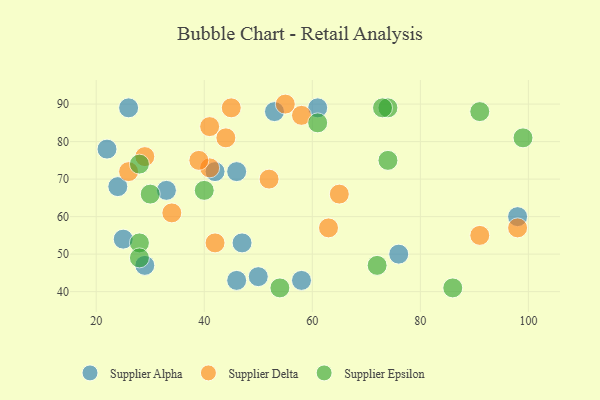
{"axis": {"x": "GDP", "y": "Life Expectancy"}, "legend": ["Supplier Alpha", "Supplier Delta", "Supplier Epsilon"], "data": [{"x": "58", "y": 43, "type": "Supplier Alpha"}, {"x": "24", "y": 68, "type": "Supplier Alpha"}, {"x": "33", "y": 67, "type": "Supplier Alpha"}, {"x": "98", "y": 60, "type": "Supplier Alpha"}, {"x": "25", "y": 54, "type": "Supplier Alpha"}, {"x": "50", "y": 44, "type": "Supplier Alpha"}, {"x": "76", "y": 50, "type": "Supplier Alpha"}, {"x": "26", "y": 89, "type": "Supplier Alpha"}, {"x": "53", "y": 88, "type": "Supplier Alpha"}, {"x": "29", "y": 47, "type": "Supplier Alpha"}, {"x": "47", "y": 53, "type": "Supplier Alpha"}, {"x": "22", "y": 78, "type": "Supplier Alpha"}, {"x": "46", "y": 43, "type": "Supplier Alpha"}, {"x": "46", "y": 72, "type": "Supplier Alpha"}, {"x": "42", "y": 72, "type": "Supplier Alpha"}, {"x": "61", "y": 89, "type": "Supplier Alpha"}, {"x": "34", "y": 61, "type": "Supplier Delta"}, {"x": "52", "y": 70, "type": "Supplier Delta"}, {"x": "42", "y": 53, "type": "Supplier Delta"}, {"x": "41", "y": 84, "type": "Supplier Delta"}, {"x": "26", "y": 72, "type": "Supplier Delta"}, {"x": "44", "y": 81, "type": "Supplier Delta"}, {"x": "55", "y": 90, "type": "Supplier Delta"}, {"x": "41", "y": 73, "type": "Supplier Delta"}, {"x": "91", "y": 55, "type": "Supplier Delta"}, {"x": "29", "y": 76, "type": "Supplier Delta"}, {"x": "65", "y": 66, "type": "Supplier Delta"}, {"x": "45", "y": 89, "type": "Supplier Delta"}, {"x": "63", "y": 57, "type": "Supplier Delta"}, {"x": "58", "y": 87, "type": "Supplier Delta"}, {"x": "39", "y": 75, "type": "Supplier Delta"}, {"x": "98", "y": 57, "type": "Supplier Delta"}, {"x": "86", "y": 41, "type": "Supplier Epsilon"}, {"x": "91", "y": 88, "type": "Supplier Epsilon"}, {"x": "99", "y": 81, "type": "Supplier Epsilon"}, {"x": "74", "y": 89, "type": "Supplier Epsilon"}, {"x": "40", "y": 67, "type": "Supplier Epsilon"}, {"x": "28", "y": 53, "type": "Supplier Epsilon"}, {"x": "72", "y": 47, "type": "Supplier Epsilon"}, {"x": "28", "y": 49, "type": "Supplier Epsilon"}, {"x": "74", "y": 75, "type": "Supplier Epsilon"}, {"x": "61", "y": 85, "type": "Supplier Epsilon"}, {"x": "73", "y": 89, "type": "Supplier Epsilon"}, {"x": "28", "y": 74, "type": "Supplier Epsilon"}, {"x": "54", "y": 41, "type": "Supplier Epsilon"}, {"x": "30", "y": 66, "type": "Supplier Epsilon"}]}